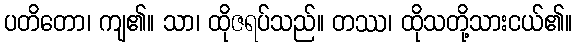
ပတိတော၊ ကျ၏။ သာ၊ ထိုဇရပ်သည်။ တဿ၊ ထိုသတို့သားငယ်၏။